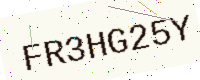
Text: FR3HG25Y